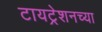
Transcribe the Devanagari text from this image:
टायट्रेशनच्या